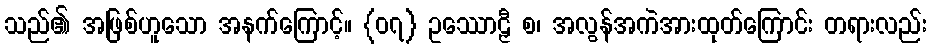
သည်၏ အဖြစ်ဟူသော အနက်ကြောင့်။ {၀၇} ဥဿောဠှီ စ၊ အလွန်အကဲအားထုတ်ကြောင်း တရားလည်း